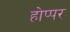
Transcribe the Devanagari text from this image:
होप्पर